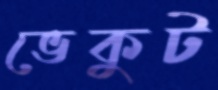
ভেকুট